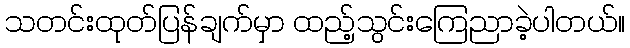
သတင်းထုတ်ပြန်ချက်မှာ ထည့်သွင်းကြေညာခဲ့ပါတယ်။